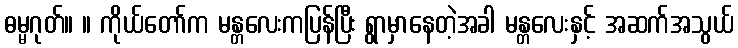
ဓမ္မဂုတ်။ ။ ကိုယ်တော်က မန္တလေးကပြန်ပြီး ရွာမှာနေတဲ့အခါ မန္တလေးနှင့် အဆက်အသွယ်